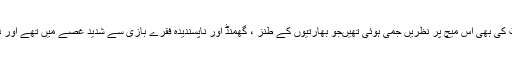
اتنا ہی نہیں بلکہ پاکستانی اور بنگلہ دیشی شائقین کرکٹ کی بھی اس میچ پر نظریں جمی ہوئی تھیںجو بھارتیوں کے طنز ، گھمنڈ اور ناپسندیدہ فقرے بازی سے شدید غصے میں تھے اور دعائیں مانگ رہے تھے کہ بھارت کو شکست ہوجائے۔